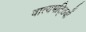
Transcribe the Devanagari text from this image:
वात्यभट्ठियों